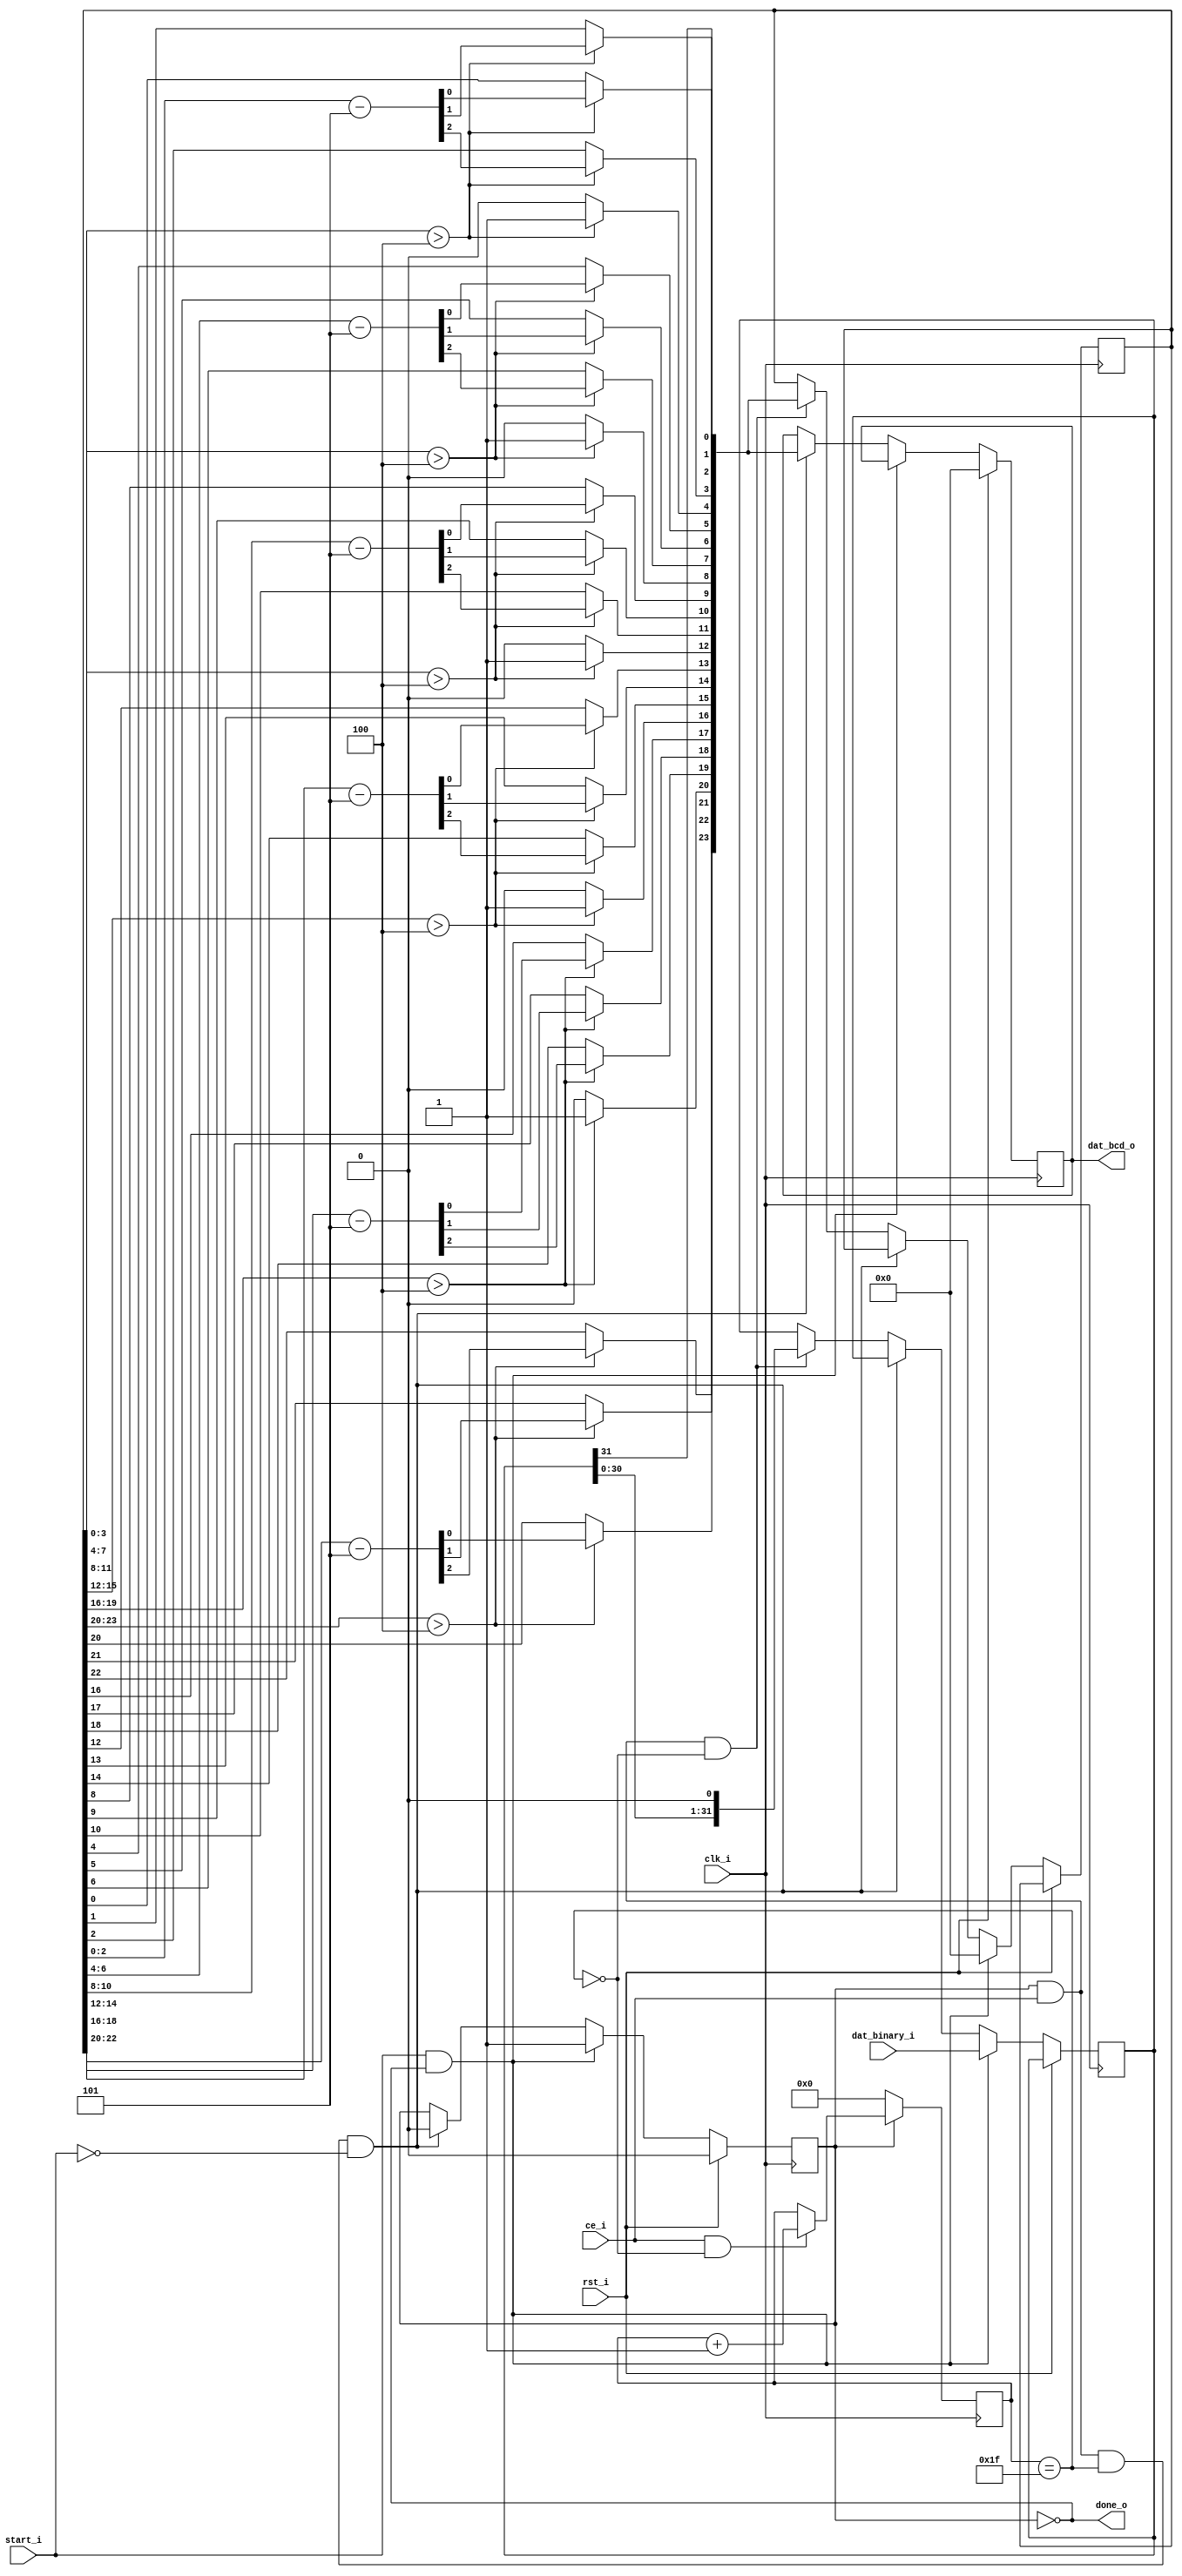
module binary_to_bcd2 (
  clk_i,
  ce_i,
  rst_i,
  start_i,
  dat_binary_i,
  dat_bcd_o,
  done_o
  );
parameter BITS_IN_PP         = 32; // # of bits of binary input
parameter BCD_DIGITS_OUT_PP  = 6;  // # of digits of BCD output
parameter BIT_COUNT_WIDTH_PP = 16;  // Width of bit counter

// I/O declarations
input  clk_i;                      // clock signal
input  ce_i;                       // clock enable input
input  rst_i;                      // synchronous reset
input  start_i;                    // initiates a conversion
input  [BITS_IN_PP-1:0] dat_binary_i;        // input bus
output [4*BCD_DIGITS_OUT_PP-1:0] dat_bcd_o;  // output bus
output done_o;                     // indicates conversion is done

reg [4*BCD_DIGITS_OUT_PP-1:0] dat_bcd_o;

// Internal signal declarations

reg  [BITS_IN_PP-1:0] bin_reg;
reg  [4*BCD_DIGITS_OUT_PP-1:0] bcd_reg;
wire [BITS_IN_PP-1:0] bin_next;
reg  [4*BCD_DIGITS_OUT_PP-1:0] bcd_next;
reg  busy_bit;
reg  [BIT_COUNT_WIDTH_PP-1:0] bit_count;
wire bit_count_done;

//--------------------------------------------------------------------------
// Functions & Tasks
//--------------------------------------------------------------------------

function [4*BCD_DIGITS_OUT_PP-1:0] bcd_asl;
  input [4*BCD_DIGITS_OUT_PP-1:0] din;
  input newbit;
  integer k;
  reg cin;
  reg [3:0] digit;
  reg [3:0] digit_less;
  begin
    cin = newbit;
    for (k=0; k<BCD_DIGITS_OUT_PP; k=k+1)
    begin
      digit[3] = din[4*k+3];
      digit[2] = din[4*k+2];
      digit[1] = din[4*k+1];
      digit[0] = din[4*k];
      digit_less = digit - 5;
      if (digit > 4'b0100)
      begin
        bcd_asl[4*k+3] = digit_less[2];
        bcd_asl[4*k+2] = digit_less[1];
        bcd_asl[4*k+1] = digit_less[0];
        bcd_asl[4*k+0] = cin;
        cin = 1'b1;
      end
      else
      begin
        bcd_asl[4*k+3] = digit[2];
        bcd_asl[4*k+2] = digit[1];
        bcd_asl[4*k+1] = digit[0];
        bcd_asl[4*k+0] = cin;
        cin = 1'b0;
      end

    end // end of for loop
  end
endfunction

//--------------------------------------------------------------------------
// Module code
//--------------------------------------------------------------------------

// Perform proper shifting, binary ASL and BCD ASL
assign bin_next = {bin_reg,1'b0};
always @(bcd_reg or bin_reg)
begin
  bcd_next <= bcd_asl(bcd_reg,bin_reg[BITS_IN_PP-1]);
end

// Busy bit, input and output registers
always @(posedge clk_i)
begin
  if (rst_i)
  begin
    busy_bit <= 0;  // Synchronous reset
    dat_bcd_o <= 0;
  end
  else if (start_i && ~busy_bit)
  begin
    busy_bit <= 1;
    bin_reg <= dat_binary_i;
    bcd_reg <= 0;
  end
  else if (busy_bit && ce_i && bit_count_done && ~start_i)
  begin
    busy_bit <= 0;
    dat_bcd_o <= bcd_next;
  end
  else if (busy_bit && ce_i && ~bit_count_done)
  begin
    bcd_reg <= bcd_next;
    bin_reg <= bin_next;
  end
end
assign done_o = ~busy_bit;

// Bit counter
always @(posedge clk_i)
begin
  if (~busy_bit) bit_count <= 0;
  else if (ce_i && ~bit_count_done) bit_count <= bit_count + 1;
end
assign bit_count_done = (bit_count == (BITS_IN_PP-1));

endmodule